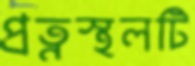
প্রত্নস্থলটি